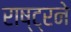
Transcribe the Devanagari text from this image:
राष्ट्रने